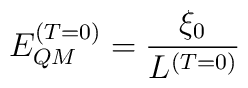
E_{QM}^{(T=0)} = \frac{\xi_0}{L^{(T=0)}}